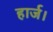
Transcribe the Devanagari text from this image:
हार्ज।